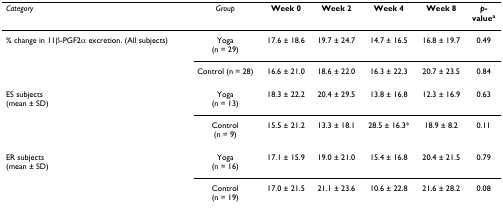
<table><thead><tr><td><b><i>Category</i></b></td><td><b><i>Group</i></b></td><td><b>Week 0</b></td><td><b>Week 2</b></td><td><b>Week 4</b></td><td><b>Week 8</b></td><td><b><i>p</i>-value<sup>a</sup></b></td></tr></thead><tbody><tr><td>% change in 11β-PGF2α excretion. (All subjects)</td><td>Yoga(n = 29)</td><td>17.6 ± 18.6</td><td>19.7 ± 24.7</td><td>14.7 ± 16.5</td><td>16.8 ± 19.7</td><td>0.49</td></tr><tr><td></td><td>Control (n = 28)</td><td>16.6 ± 21.0</td><td>18.6 ± 22.0</td><td>16.3 ± 22.3</td><td>20.7 ± 23.5</td><td>0.84</td></tr><tr><td>ES subjects(mean ± SD)</td><td>Yoga(n = 13)</td><td>18.3 ± 22.2</td><td>20.4 ± 29.5</td><td>13.8 ± 16.8</td><td>12.3 ± 16.9</td><td>0.63</td></tr><tr><td></td><td>Control(n = 9)</td><td>15.5 ± 21.2</td><td>13.3 ± 18.1</td><td>28.5 ± 16.3*</td><td>18.9 ± 8.2</td><td>0.11</td></tr><tr><td>ER subjects(mean ± SD)</td><td>Yoga(n = 16)</td><td>17.1 ± 15.9</td><td>19.0 ± 21.0</td><td>15.4 ± 16.8</td><td>20.4 ± 21.5</td><td>0.79</td></tr><tr><td></td><td>Control(n = 19)</td><td>17.0 ± 21.5</td><td>21.1 ± 23.6</td><td>10.6 ± 22.8</td><td>21.6 ± 28.2</td><td>0.08</td></tr></tbody></table>